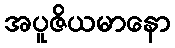
အပူဇိယမာနော